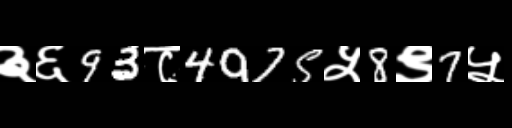
Text: ३६93८4975५8९7५